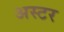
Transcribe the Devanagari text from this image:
अस्टर